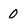
Character: 0